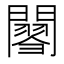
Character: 𨶟